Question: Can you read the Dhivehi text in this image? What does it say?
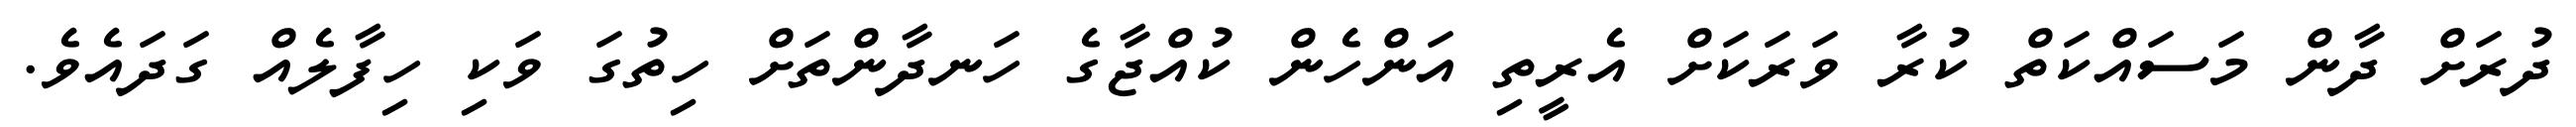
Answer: ދުރަށް ދާން މަސައްކަތް ކުރާ ވަރަކަށް އެރީތި އަންހެން ކުއްޖާގެ ހަނދާންތަށް ހިތުގަ ވަކި ހިފާލެއް ގަދައެވެ.